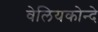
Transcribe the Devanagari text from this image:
वेलियकोन्दे